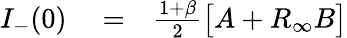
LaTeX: \begin{array}{rlr}{I_{-}(0)}&{{}=}&{\frac{1+\beta}{2}\big[A+R_{\infty}B\big]}\end{array}